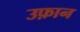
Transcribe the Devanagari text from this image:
उफ़ान